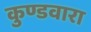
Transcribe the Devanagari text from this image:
कुण्डवारा